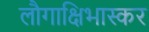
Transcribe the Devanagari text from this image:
लौगाक्षिभास्कर